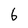
Character: 6